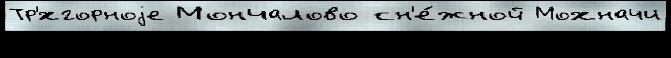
Тр'́хгорноjе Мончалово сн'е́жной Мохначи